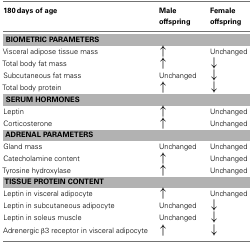
| 180 days of age | Male offspring | Female offspring |
 | --- | --- | --- |
 | <COLSPAN=3> BIOMETRIC PARAMETERS |
 | Visceral adipose tissue mass | ↑ | Unchanged |
 | Total body fat mass | ↑ | ↓ |
 | Subcutaneous fat mass | Unchanged | ↓ |
 | Total body protein | ↑ | ↓ |
 | <COLSPAN=3> SERUM HORMONES |
 | Leptin | ↑ | Unchanged |
 | Corticosterone | ↑ | Unchanged |
 | <COLSPAN=3> ADRENAL PARAMETERS |
 | Gland mass | Unchanged | Unchanged |
 | Catecholamine content | ↑ | Unchanged |
 | Tyrosine hydroxylase | ↑ | Unchanged |
 | <COLSPAN=3> TISSUE PROTEIN CONTENT |
 | Leptin in visceral adipocyte | ↑ | Unchanged |
 | Leptin in subcutaneous adipocyte | Unchanged | ↓ |
 | Leptin in soleus muscle | Unchanged | ↓ |
 | Adrenergic β3 receptor in visceral adipocyte | ↑ | ↓ |